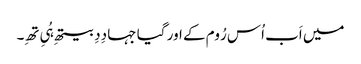
میں اَب اُس رُوم کے اور گیا جہا دِدِ بیتھِ ہُیِ تھِ۔